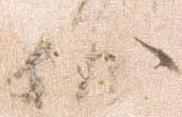
妙